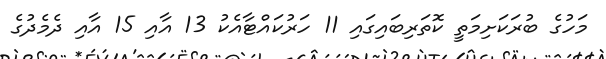
މަހުގެ ބުރަކަށިމަތީ ކޮތަރިބައިގައި 11 ހަރުކައްޓާއެކު 13 އާއި 15 އާއި ދެމެދުގެ